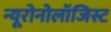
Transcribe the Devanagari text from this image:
न्यूरोनोलॉजिस्ट